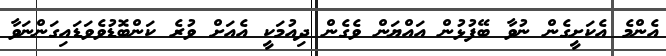
އެންމެ އެކަށީގެން ނުވާ ބޭފުޅުން އައްޔަން ވެގެން ދިއުމަކީ އެއަށް ވުރެ ކަންބޮޑުވެވަޑައިގަންނަވާ